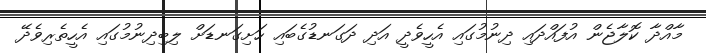
މާއްދާ ކޮލާޖެން އުފައްދައި ދިނުމުގައި އެހީވެދީ އަދި ދަގަނޑުގެބައި ހަށިގަނޑަށް ލިބިދިނުމުގައި އެހީތެރިވެދޭ